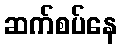
ဆက်စပ်နေ